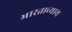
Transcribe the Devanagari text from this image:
भारताच्याय